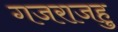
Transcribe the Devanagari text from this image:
गजराजहु